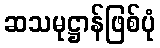
ဆသမုဋ္ဌာန်ဖြစ်ပုံ